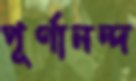
পূর্ণানন্দ